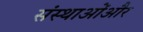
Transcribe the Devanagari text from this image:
संस्थाओंऔर